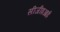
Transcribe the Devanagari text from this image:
सीजीइआई